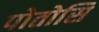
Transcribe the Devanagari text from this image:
पोतोसि